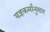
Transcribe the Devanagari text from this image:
यज्ञकर्मानुसार